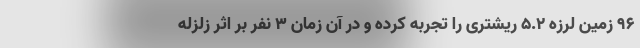
۹۶ زمین لرزه ۵.۲ ریشتری را تجربه کرده و در آن زمان ۳ نفر بر اثر زلزله